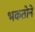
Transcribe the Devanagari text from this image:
भकतोने